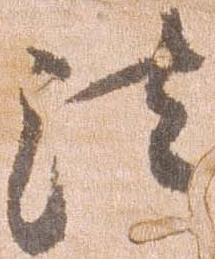
法